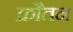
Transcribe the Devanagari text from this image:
क्रौतन